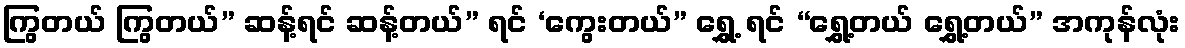
ကြွတယ် ကြွတယ်” ဆန့်ရင် ဆန့်တယ်” ရင် ‘ကွေးတယ်” ရွှေ့ ရင် “ရွှေ့တယ် ရွှေ့တယ်” အကုန်လုံး